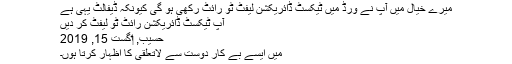
میرے خیال میں آپ نے ورڈ میں ٹیکسٹ ڈائریکشن لیفٹ ٹو رائٹ رکھی ہو گی کیونکہ ڈیفالٹ یہی ہے
آپ ٹیکسٹ ڈائریکشن رائٹ ٹو لیفٹ کر دیں
حسیب, ‏اگست 15, 2019
میں ایسے بے کار دوست سے لاتعلقی کا اظہار کرتا ہوں۔